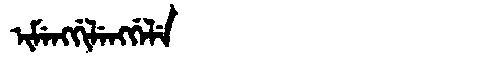
Manchu: ᡳᠮᡝᠩᡤᡳᠯᡝᠩᡤᡝᠯᡝ
Romanization: IMENGGILENGGELE